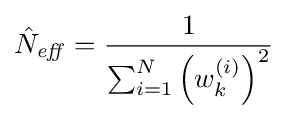
{\hat {N}}_{\mathit {eff}}={\frac {1}{\sum _{i=1}^{N}\left(w_{k}^{(i)}\right)^{2}}}